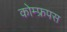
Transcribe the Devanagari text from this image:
कोम्‍फ्रपस